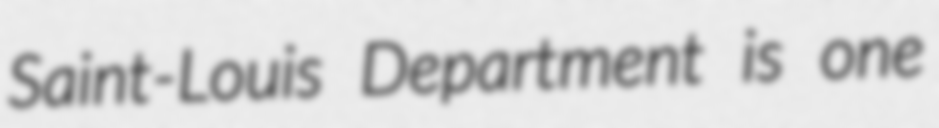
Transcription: Saint-Louis Department is one